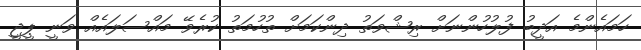
ހަމައެންމެ އަދީބު ފުލުހުންނަށް ރިޝްވަތު ދިންކަމަށް ތުހުމަތު ކުރެވޭ މައްސަލައެއް ވަނީ ޕީޖީ